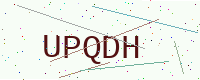
Text: UPQDH